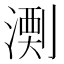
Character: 𱨋